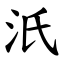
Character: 汦